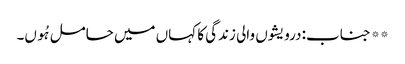
** جناب: درویشوں والی زندگی کا کہاں میں حامل ہُوں۔